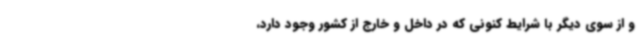
و از سوی دیگر با شرایط کنونی که در داخل و خارج از کشور وجود دارد،